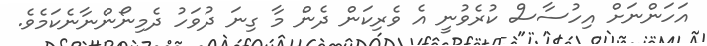
އަހަންނަށް އިހުސާސް ކުރެވުނީ އެ ވެރިކަން ދެން މާ ގިނަ ދުވަހު ދެމިނޯންނާނެކަމެވެ.